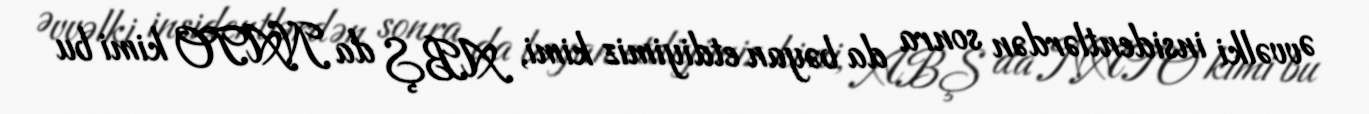
Əvvəlki insidentlərdən sonra da bəyan etdiyimiz kimi, ABŞ da NATO kimi bu